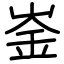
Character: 崟